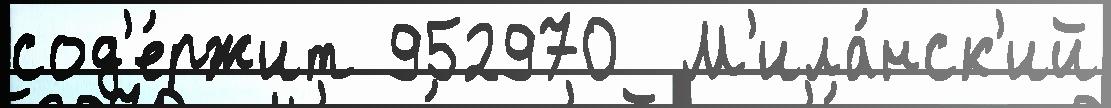
сод'е́ржит 952970  М'ила́нск'ий